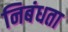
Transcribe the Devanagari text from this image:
निबंधता